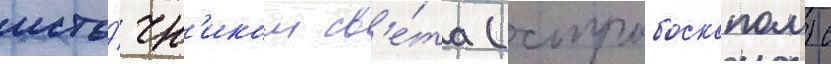
исто́чн'иком св'е́та (стробоскопом) с